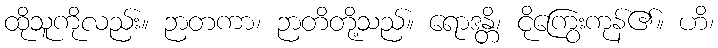
ထိုသူကိုလည်း။ ဉာတကာ၊ ဉာတိတို့သည်။ ရောဒန္တိ၊ ငိုကြွေးကုန်၏။ ဟိ၊